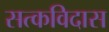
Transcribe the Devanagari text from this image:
सत्कविदास